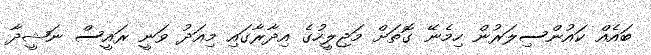
ބައެއް ކައުންސިލަރުން ހިމެނޭ ގޮތަށް މަޖިލީހުގެ އިދާރާގައި މިއަދު ވަނީ ރައީސް ނަޝީދާ